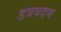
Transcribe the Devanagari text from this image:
डववदम